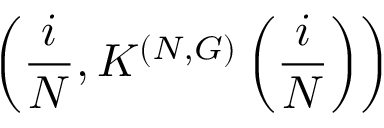
\left( \frac { i } { N } , K ^ { ( N , G ) } \left( \frac { i } { N } \right) \right)